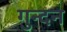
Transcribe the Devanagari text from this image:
गुन्दन